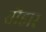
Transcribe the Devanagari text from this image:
तौहार